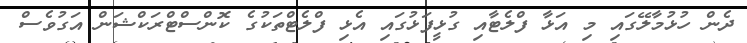
ދެން ހުޅުމާލޭގައި މި އަޅާ ފްލެޓާއި ގުޅީފަޅުގައި އެޅި ފްލެޓްތަކުގެ ކޮންސްޓްރަކްޝަން އަގުވެސް